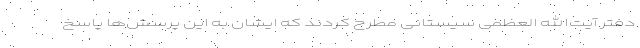
دفتر آیت‌الله العظمی سیستانی مطرح کردند که ایشان به این پرسش‌ها پاسخ